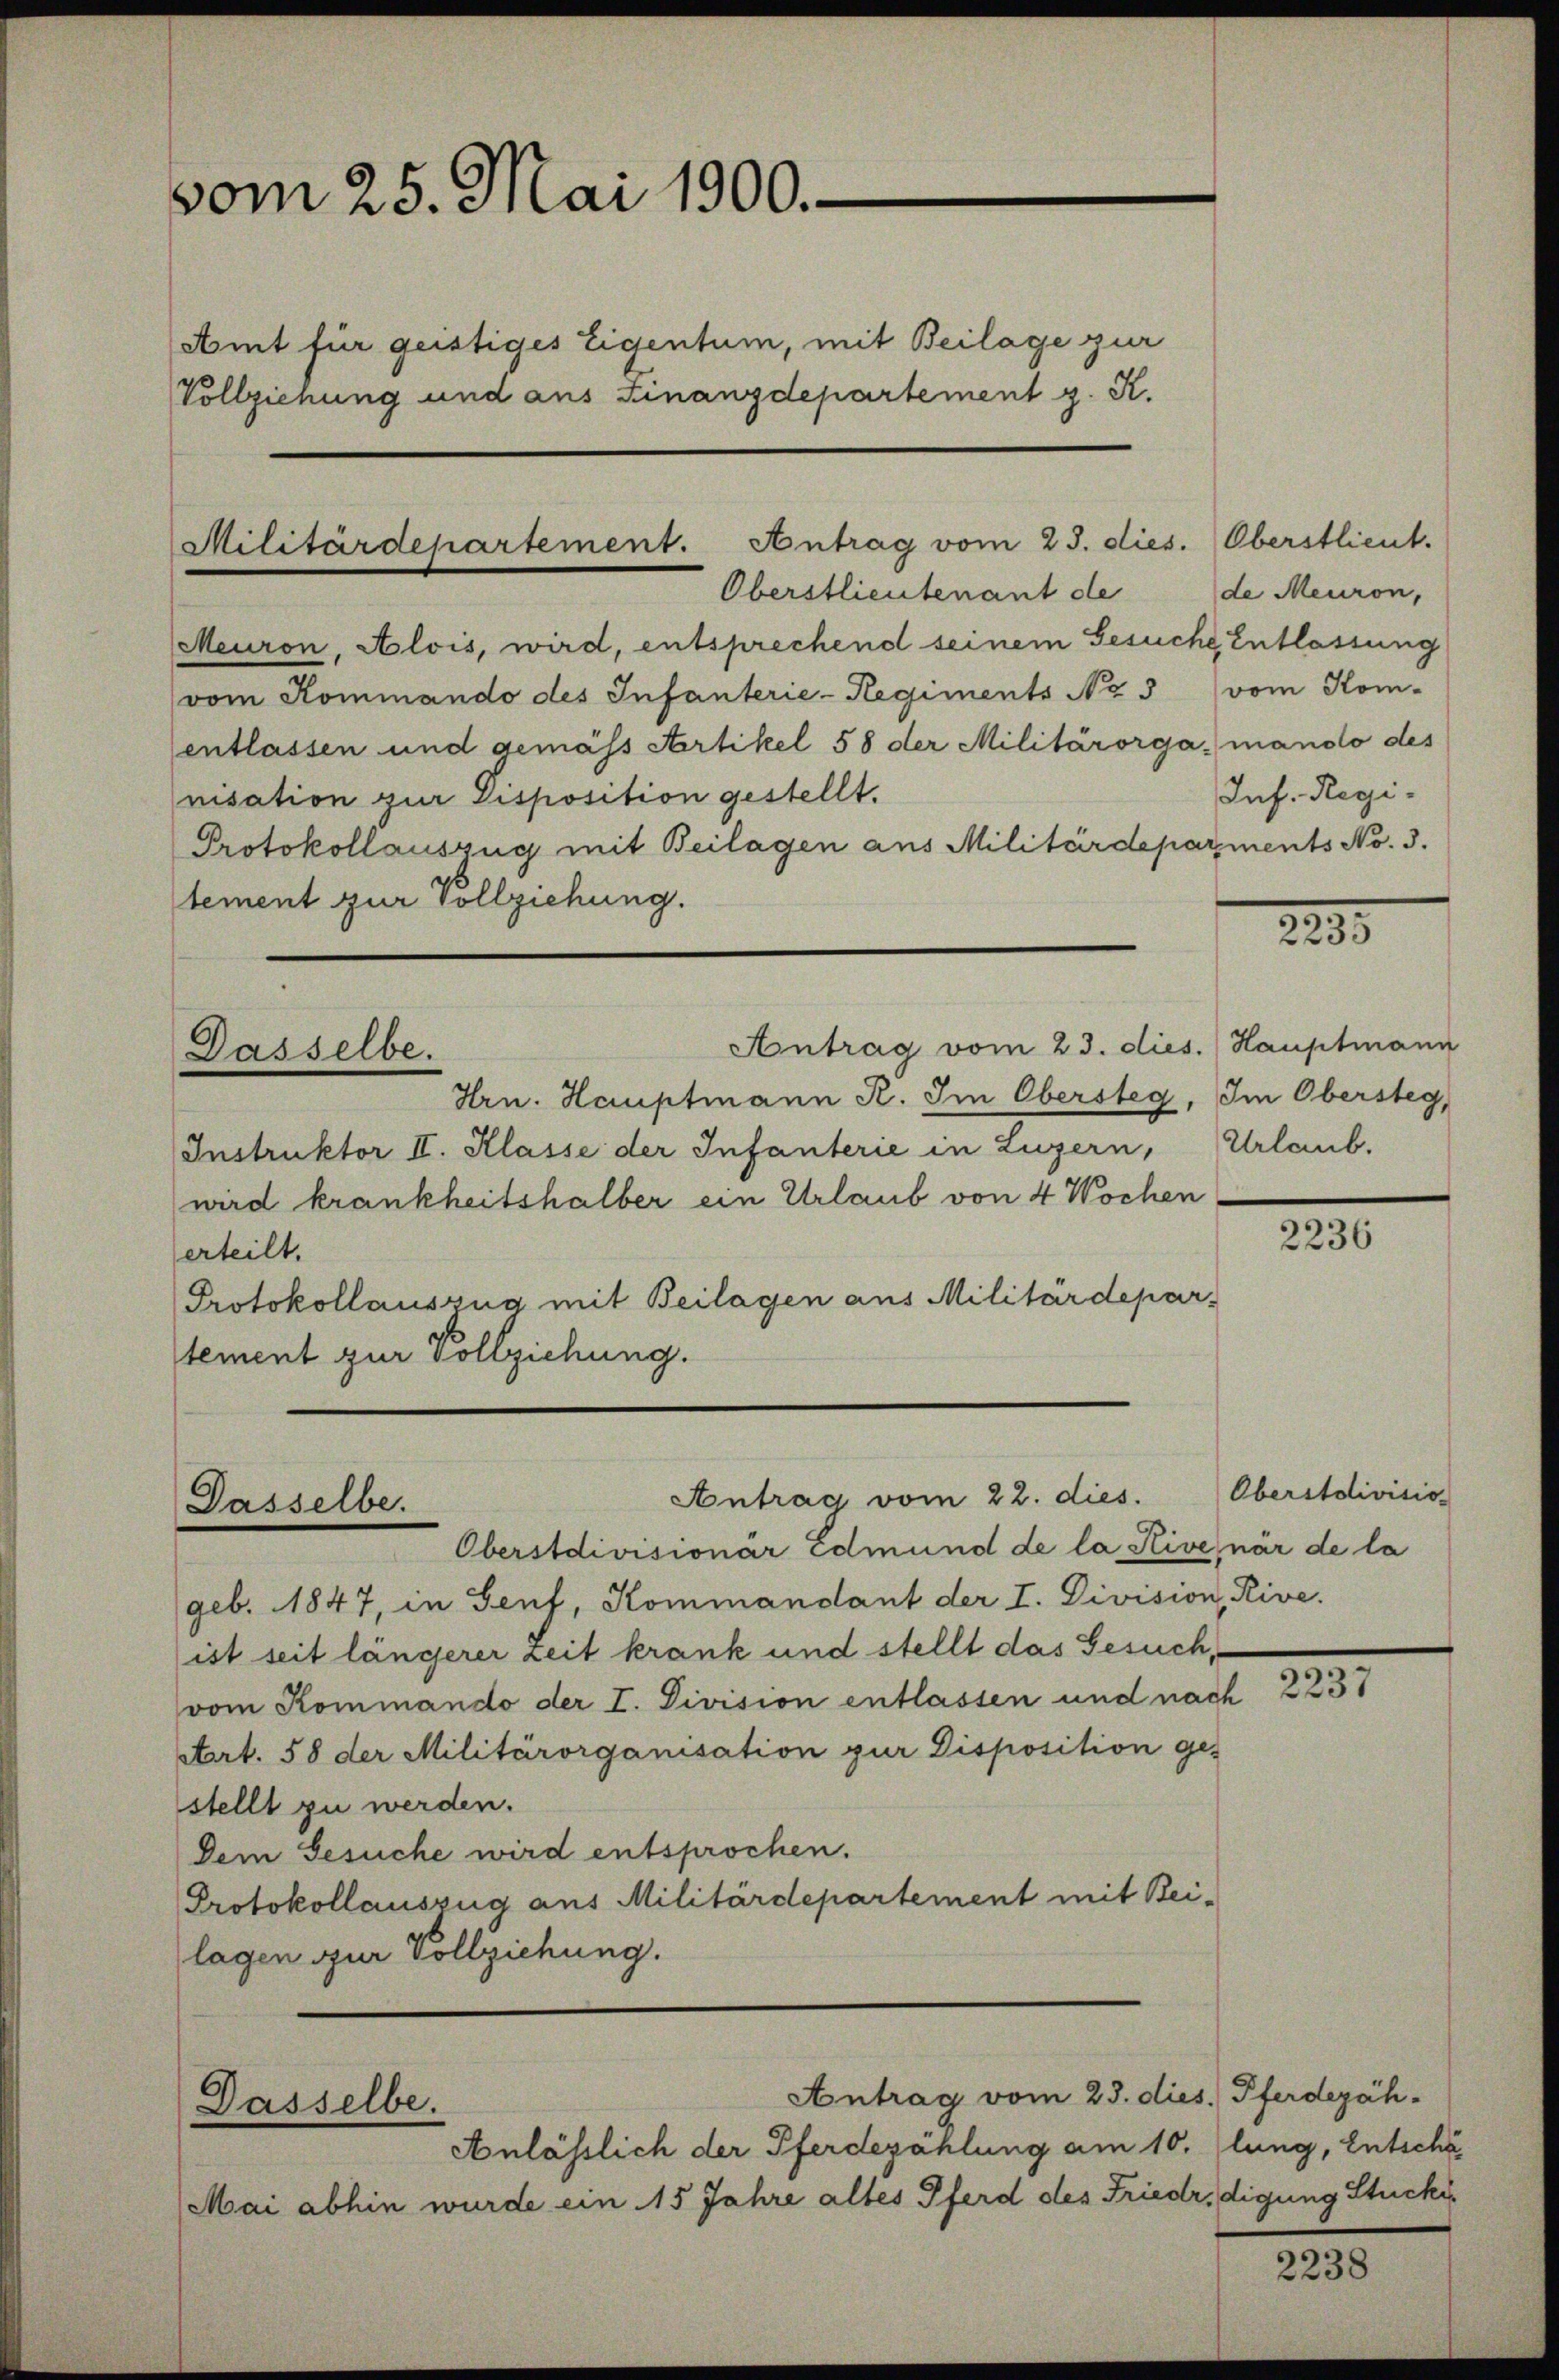
vom 25. Mai 1900.
Amt für geistiges Eigentum, mit Beilage zur
Vollziehung und aus Finanzdepartement z. K.

Militärdepartement. Antrag vom 23. dies.
Oberstlieutenant de
Meuron, Alois, wird, entsprechend seinem Gesuche Entlassung

Antrag vom 22. dies.
Dasselbe.
Oberstdivisionär Edmund de la Hive, när de la

Dasselbe.

vom Kommando des Infanterie-Regiments No 3 vom Kom-
entlassen und gemäss Artikel 58 der Militärorga mando des
nisation zur Disposition gestellt.
Protokollauszug mit Beilagen aus Militärdeparments No. 3.
tement zur Vollziehung.
Antrag vom 23. dies.) Hauptmann
Dasselbe.
Hrn. Hauptmann R. Im Obersteg. Im Obersteg,
Instruktor II. Klasse der Infanterie in Luzern, Urlaub.
wird krankheitshalber ein Urlaub von 4 Wochen
erteilt.
Protokollauszug mit Beilagen aus Militärdepar-
tement zur Vollziehung.

Anlässlich der Pferdezählung am 10. lung, Entschä
Mai abhin wurde ein 15 Jahre altes Pferd des Friedr,digung Stucki

geb. 1847, in Genf, Kommandant der I. Division, Rive.
ist seit längerer Zeit krank und stellt das Gesuchvom Kommando der I. Division entlassen und nach 2237
Aart. 58 der Militärorganisation zur Disposition ges
stellt zu werden.
Dem Gesuche wird entsprochen.
Protokollauszug aus Militärdepartement mit Bei-
lagen zur Vollziehung.

Antrag vom 23. dies. Pferdezäh-

Oberstlieut.
de Meuron,
Inf. Regi¬

2295

2236

Oberstolivisio

2238